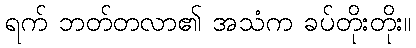
ရက် ဘတ်တလာ၏ အသံက ခပ်တိုးတိုး။